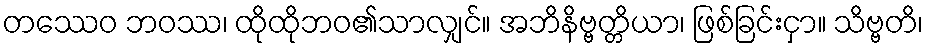
တဿေဝ ဘဝဿ၊ ထိုထိုဘဝ၏သာလျှင်။ အဘိနိဗ္ဗတ္တိယာ၊ ဖြစ်ခြင်းငှာ။ သိဗ္ဗတိ၊